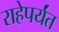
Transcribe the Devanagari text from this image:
राहेपर्यंत